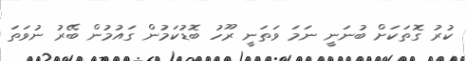
ކުރު ގޮތަކަށް ބުނަނީ ނަމަ ވަތަނީ ރޫހު ބޮޑުކަމުން ގައުމުން ބޭރު ނުވަތަ